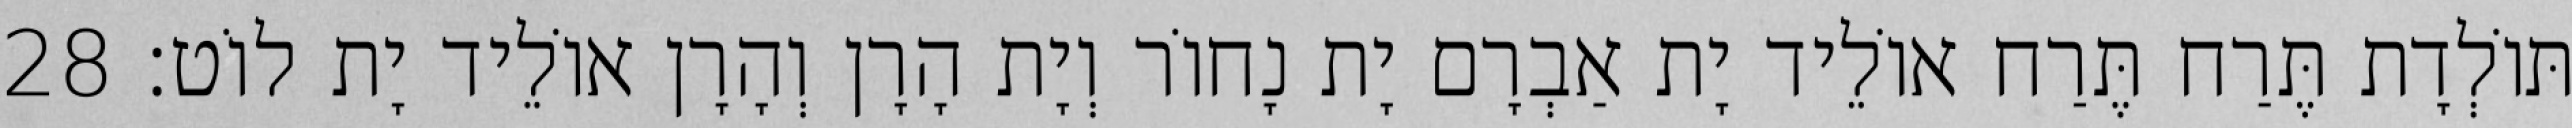
תּוֹלְדָת תֶּרַח תֶּרַח אוֹלֵיד יָת אַבְרָם יָת נָחוֹר וְיָת הָרָן וְהָרָן אוֹלֵיד יָת לוֹט׃ 28